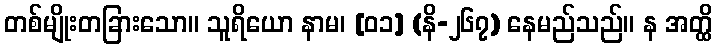
တစ်မျိုးတခြားသော။ သူရိယော နာမ၊ [၀၁] (နိ-၂၆၇) နေမည်သည်။ န အတ္ထိ